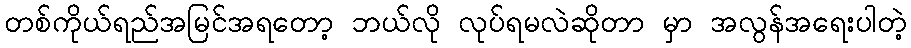
တစ်ကိုယ်ရည်အမြင်အရတော့ ဘယ်လို လုပ်ရမလဲဆိုတာ မှာ အလွန်အရေးပါတဲ့